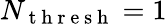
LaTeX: N_{\mathrm{~t~h~r~e~s~h~}}=1